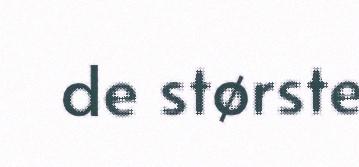
de største